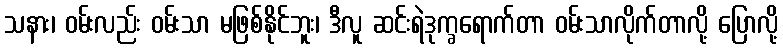
သနား၊ ဝမ်းလည်း ဝမ်းသာ မဖြစ်နိုင်ဘူး၊ ဒီလူ ဆင်းရဲဒုက္ခရောက်တာ ဝမ်းသာလိုက်တာလို့ ပြောလို့